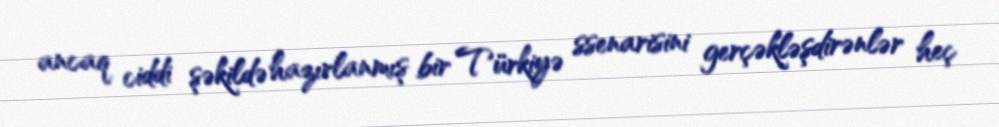
ancaq ciddi şəkildə hazırlanmış bir Türkiyə ssenarisini gerçəkləşdirənlər heç